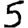
Digit: 5